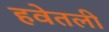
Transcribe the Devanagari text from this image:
हवेतली